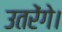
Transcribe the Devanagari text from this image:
उतरेंगे।